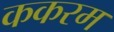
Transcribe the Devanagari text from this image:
ककरम